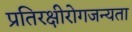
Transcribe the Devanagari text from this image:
प्रतिरक्षीरोगजन्यता